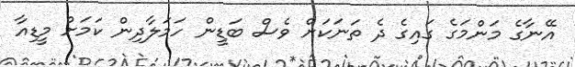
އޭނާގެ މަންމަގެ ގައިގެ ދެ ތަނަކަށް ވެސް ބަޑީން ހަމަލާދިން ކަމަށް މީޑިއާ